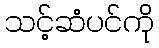
သင့်ဆံပင်ကို